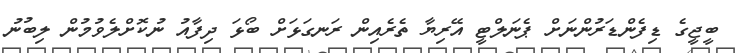
ބީޖީގެ ޑިފެންޑަރުންނަށް ޕެނަލްޓީ އޭރިޔާ ތެރެއިން ރަނގަޅަށް ބޯޅަ ދިފާއު ނުކޮށްލެވުމުން ލިބުނު